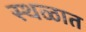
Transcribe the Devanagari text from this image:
स्थळात